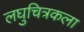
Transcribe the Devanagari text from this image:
लघुचित्रकला